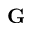
\textbf { G }